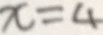
x = 4